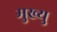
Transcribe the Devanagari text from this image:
मुख्यु